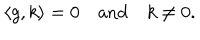
\langle g , k \rangle = 0 \quad \mathrm { a n d } \quad k \not = 0 .